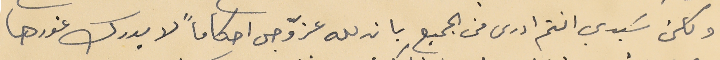
ولكن سَيدي انتم ادرى من الجميع بان لله عزّ وجل احكاماً لا يدرك غورها